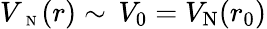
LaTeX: V_{\mathrm{~\scriptsize~N~}}(r)\sim\, V_{0}=V_{\textrm{N}}(r_{0})